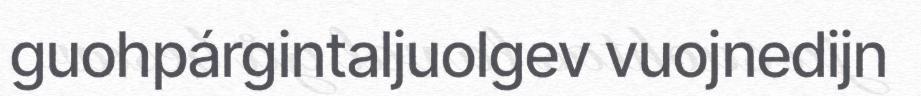
guohpárgintaljuolgev vuojnedijn